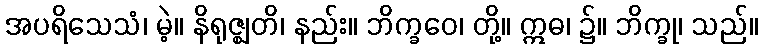
အပရိသေသံ၊ မဲ့။ နိရုဇ္ဈတိ၊ နည်း။ ဘိက္ခဝေ၊ တို့။ ဣဓ၊ ၌။ ဘိက္ခု၊ သည်။